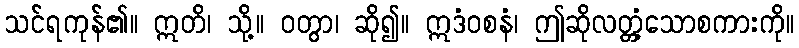
သင်ရကုန်၏။ ဣတိ၊ သို့။ ဝတွာ၊ ဆို၍။ ဣဒံဝစနံ၊ ဤဆိုလတ္တံ့သောစကားကို။